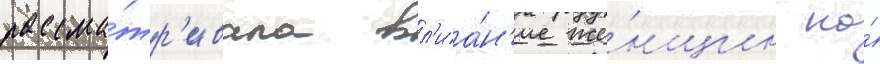
рассма́тр'ивала вл'иа́н'ие же́нщин на́